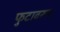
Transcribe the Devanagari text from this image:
फुटावरून